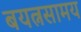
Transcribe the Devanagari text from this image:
बयत्नसामय